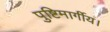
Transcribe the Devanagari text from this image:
पुष्टिमार्गीय।